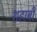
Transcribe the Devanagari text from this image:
शहाबी